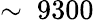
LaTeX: \sim~9300